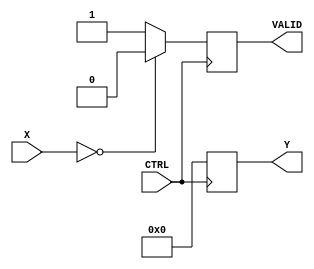
module BitwiseReciprocal (
    input wire [31:0] X,      // Input Data (32-bit fixed-point or integer)
    input wire CTRL,          // Control Signal (enable/disable)
    output reg [31:0] Y,      // Output Data (computed reciprocal)
    output reg VALID          // Valid Signal
);

    reg [31:0] approx;        // Approximation of the reciprocal
    reg [31:0] temp;          // Temporary variable for calculations
    integer i;                // Loop index

    // State machine to handle operations
    always @(posedge CTRL) begin
        if (X == 32'b0) begin
            // Handle division by zero
            Y <= 32'b0;        // Output zero for division by zero
            VALID <= 1'b0;     // Not valid
        end else begin
            // Initialize approximation for the reciprocal
            approx <= 32'hFFFFFFFF / X; // Initial approximation
            VALID <= 1'b1;     // Output is valid

            // Iterative refinement using Newton-Raphson method
            for (i = 0; i < 5; i = i + 1) begin
                temp = approx; // Store the current approximation
                approx = approx * (2**32 - X * approx) >> 32; // Update approximation
            end
            
            Y <= approx;        // Final output
        end
    end

endmodule